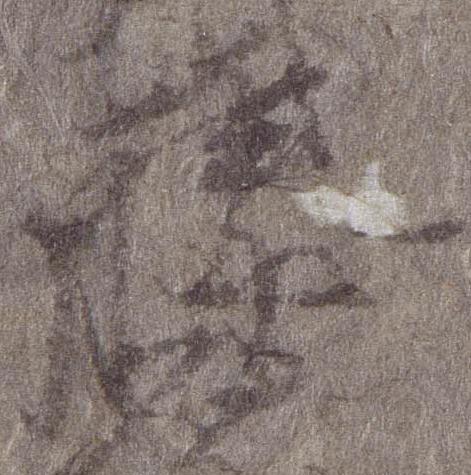
藤